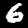
Label: 6